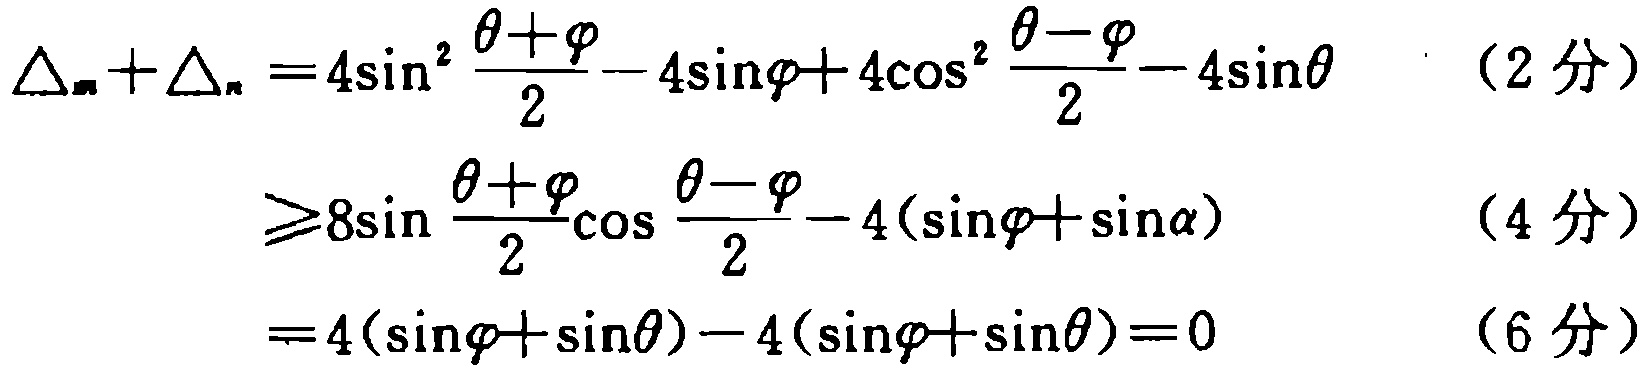
\[

\begin{align*}

\Delta_m+\Delta_n&=4\sin^{2}\frac{\theta + \varphi}{2}-4\sin\varphi + 4\cos^{2}\frac{\theta - \varphi}{2}-4\sin\theta \quad (2\text{ 分})\\

&\geqslant8\sin\frac{\theta + \varphi}{2}\cos\frac{\theta - \varphi}{2}-4(\sin\varphi+\sin\alpha)\quad (4\text{ 分})\\

&=4(\sin\varphi+\sin\theta)-4(\sin\varphi+\sin\theta)=0\quad (6\text{ 分})

\end{align*}

\]